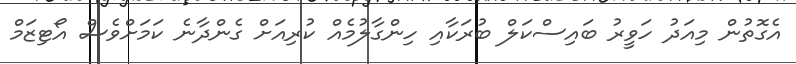
އެގޮތުން މިއަދު ހަވީރު ބައިސްކަލް ބުރަކާއި ހިންގާލުމެއް ކުރިއަށް ގެންދާނެ ކަމަށްވެސް އޯޓިޒަމް